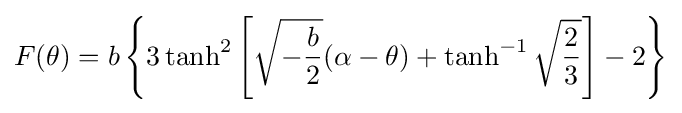
F(\theta )=b\left\{3\tanh ^{2}\left[{\sqrt {-{\frac {b}{2}}}}(\alpha -\theta )+\tanh ^{-1}{\sqrt {\frac {2}{3}}}\right]-2\right\}